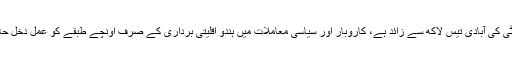
غیر سرکاری اعداد و شمار مطابق سندھ میں ہندو کمیونٹی کی آبادی تیس لاکھ سے زائد ہے، کاروبار اور سیاسی معاملات میں ہندو اقلیتی برداری کے صرف اونچے طبقے کو عمل دخل حاصل ہے اور اسی طبقے کے لوگ ایوان میں موجود ہیں۔